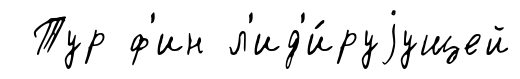
Тур ф'ин л'ид'и́руjущей